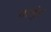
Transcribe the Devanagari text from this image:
गामुंड